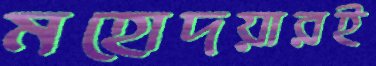
মহোদয়ারই